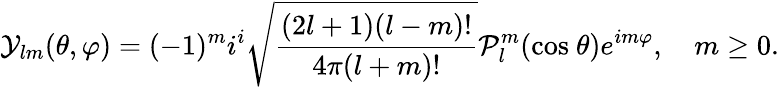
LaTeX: \mathcal{Y}_{lm}(\theta,\varphi)=(-1)^{m}i^{i}\sqrt{\frac{(2l+1)(l-m)!}{4\pi(l+m)!}}\mathcal{P}_{l}^{m}(\textrm{cos}\ \theta)e^{im\varphi},\quad m\ge 0.